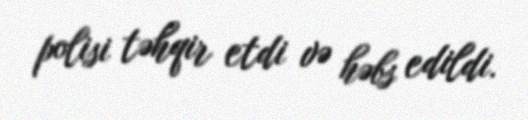
polisi təhqir etdi və həbs edildi.